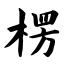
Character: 楞